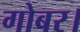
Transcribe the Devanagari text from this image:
गोबर।